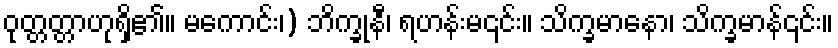
ဝုတ္တတ္တာဟုရှိ၏။ မကောင်း၊) ဘိက္ခုနီ၊ ရဟန်းမ၎င်း။ သိက္ခမာနော၊ သိက္ခမာန်၎င်း။